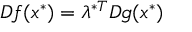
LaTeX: D f ( x ^ { * } ) = \lambda ^ { * T } D g ( x ^ { * } )